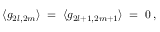
\langle g _ { 2 l , 2 m } \rangle \; = \; \langle g _ { 2 l + 1 , 2 m + 1 } \rangle \; = \; 0 \, ,